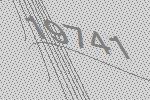
19741